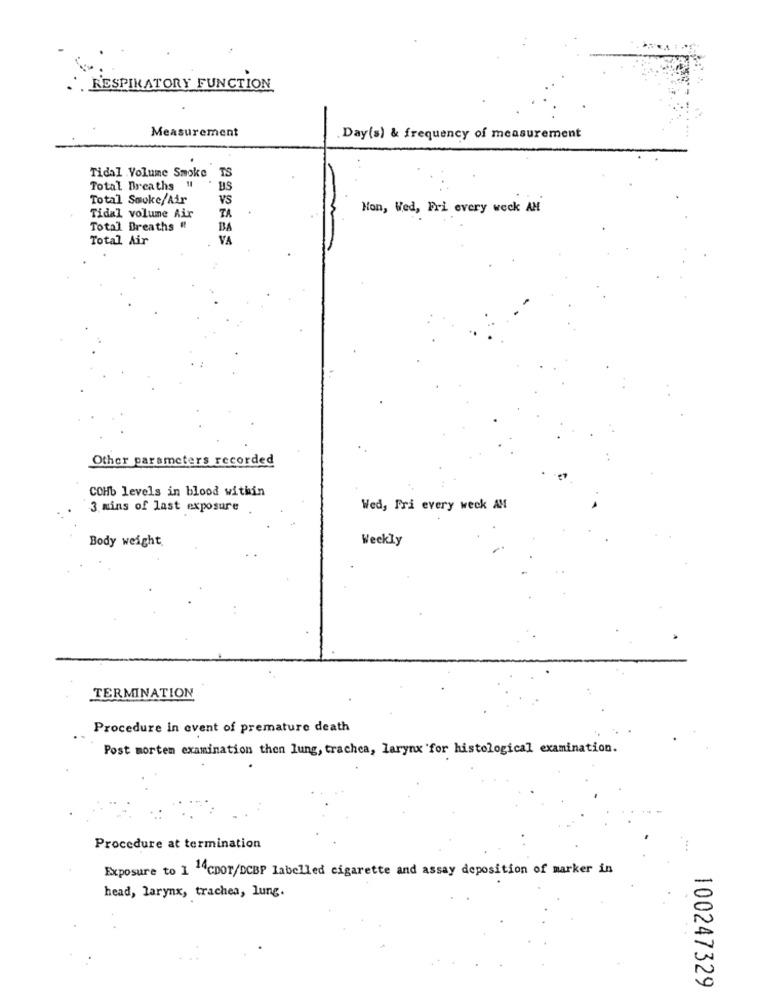
RESPIRATORY FUNCTION
Measurement
.Day(s) & frequency of measurement
Tidal Volume Smoke TS
.
Total Breaths "l
BS
Total Smoke/Air
VS
TA
Mon, Wed, Fri every weck AH
Tidal volume Air
Total Breaths #
BA
Total Air
VA
Other parameters recorded
COHb levels in blood within
3 mins of last exposure
Wed, Fri every week AM
Weekly
Body weight
. .
TERMINATION
Procedure in event of premature death
Post mortem examination then lung, trachea, larynx for histological examination.
Procedure at termination
Exposure to 1 14CDOT/DCBP labelled cigarette and assay deposition of marker in
head, larynx, trachea, lung.
100247329